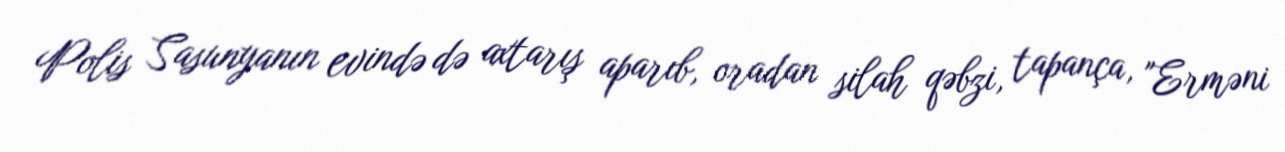
Polis Sasunyanın evində də axtarış aparıb, oradan silah qəbzi, tapança, "Erməni